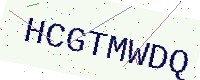
Text: HCGTMWDQ